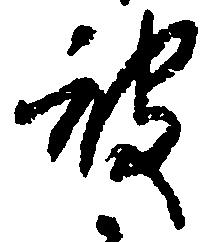
被